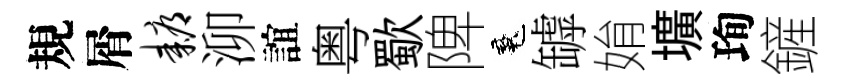
規屑耨泖誼粤歜陴魂罅姢壙珣鏟